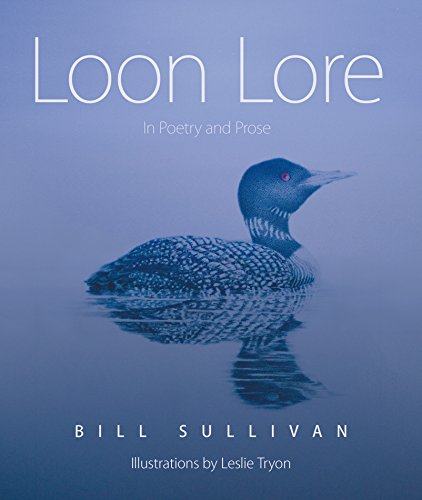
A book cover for Loon Lore: In Poetry & Prose; William Sullivan; Science & Math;